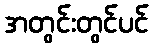
အတွင်းတွင်ပင်